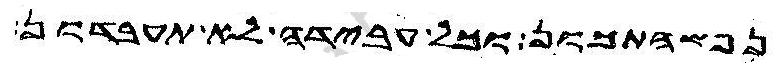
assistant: נפשהתכון וכל עבידה לא תעבדון